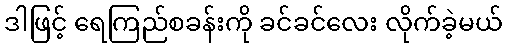
ဒါဖြင့် ရေကြည်စခန်းကို ခင်ခင်လေး လိုက်ခဲ့မယ်